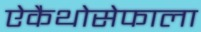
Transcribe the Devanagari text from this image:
ऐकैथोसेफाला